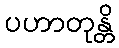
ပဟာတုန္တိ